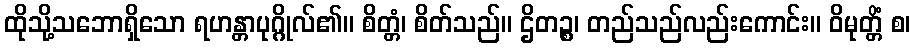
ထိုသို့သဘောရှိသော ရဟန္တာပုဂ္ဂိုလ်၏။ စိတ္တံ၊ စိတ်သည်။ ဌိတဉ္စ၊ တည်သည်လည်းကောင်း။ ဝိမုတ္တိံ စ၊